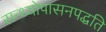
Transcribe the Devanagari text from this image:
सन्ध्याेपासनपद्धति